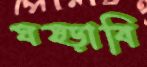
ঘষ্‌ড়াবি